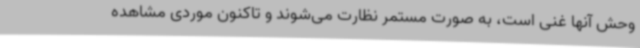
وحش آنها غنی است، به صورت مستمر نظارت می‌شوند و تاکنون موردی مشاهده